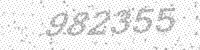
Solution: 982355